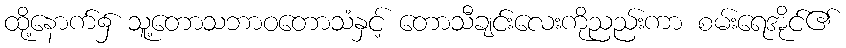
ထို့နောက်၌ သူ့တောသဘာဝတောသံနှင့် တောသီချင်းလေးကိုညည်းကာ စမ်းရေအိုင်၏